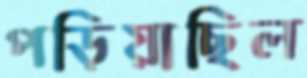
পড়িয়াছিল